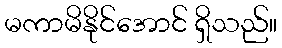
မကာမိနိုင်အောင် ရှိသည်။